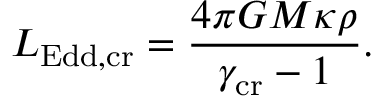
L _ { \mathrm { E d d , c r } } = \frac { 4 \pi G M \kappa \rho } { \gamma _ { \mathrm { c r } } - 1 } .